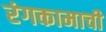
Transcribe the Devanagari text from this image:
रंगकामाची